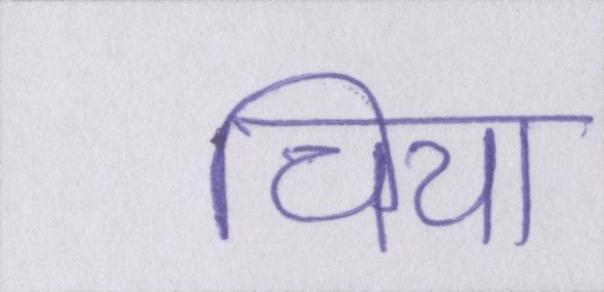
चिया